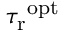
{ \tau _ { \mathrm { r } } } ^ { \mathrm { o p t } }